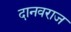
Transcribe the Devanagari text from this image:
दानवराज